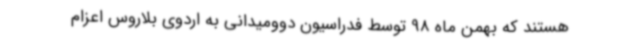
هستند که بهمن ماه 98 توسط فدراسیون دوومیدانی به اردوی بلاروس اعزام